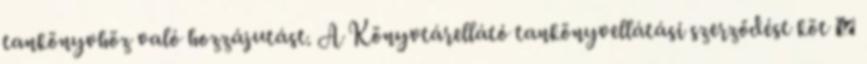
tankönyvhöz való hozzájutást. A Könyvtárellátó tankönyvellátási szerződést köt 